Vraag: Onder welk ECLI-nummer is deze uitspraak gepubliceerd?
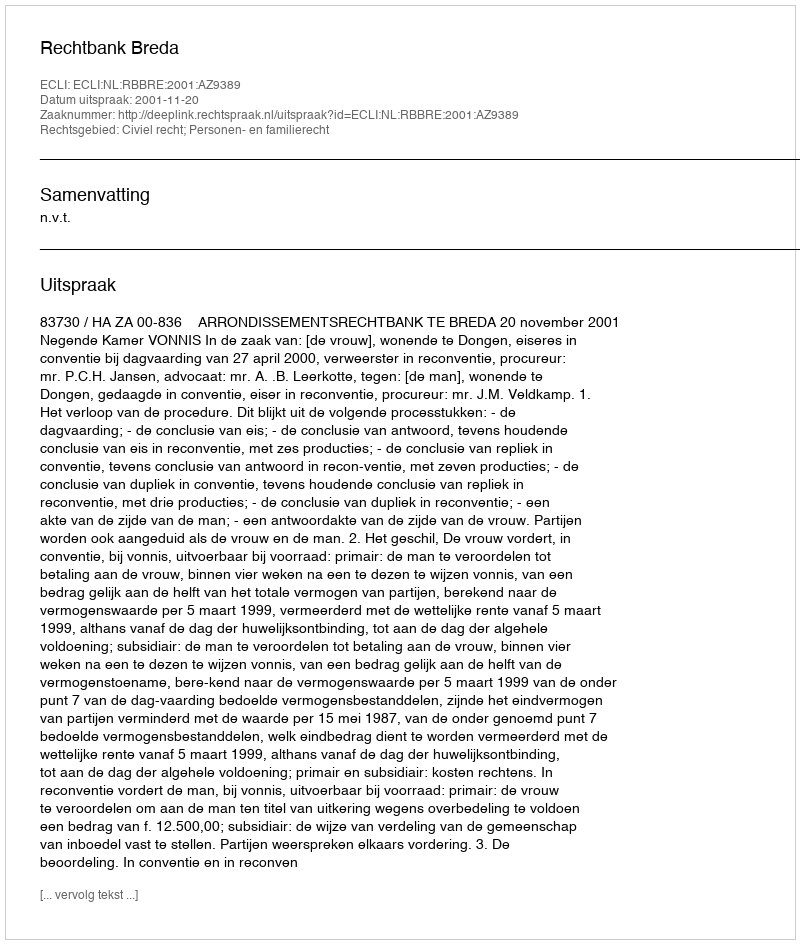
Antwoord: ECLI:NL:RBBRE:2001:AZ9389